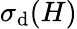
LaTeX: \sigma_{\mathrm{d}}(H)